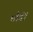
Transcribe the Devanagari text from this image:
डाँडों